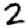
Digit: 2